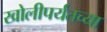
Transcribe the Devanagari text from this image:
खोलीपर्यंतच्या